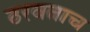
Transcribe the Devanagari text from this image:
ठरवताच